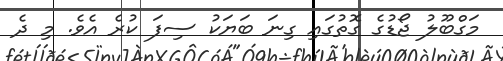
މަގްބޫލު ޖޯޑުގެ ގޮތުގައި ގިނަ ބަޔަކު ސިފަ ކުރެ އެވެ. މި ދެ